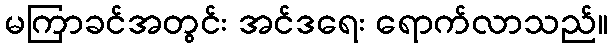
မကြာခင်အတွင်း အင်ဒရေး ရောက်လာသည်။